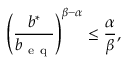
\left( \frac { b ^ { \ast } } { b _ { \mathrm { ~ e ~ q ~ } } } \right) ^ { \beta - \alpha } \leq \frac { \alpha } { \beta } ,